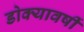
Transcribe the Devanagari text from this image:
डोक्यावर्षी